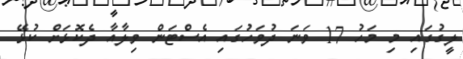
ލީގުގައި މި މަހު 17 ވަނަ ދުވަހުގައި އެސްޓަން ވިލާއާ ދެކޮޅަށް ކުޅޭ